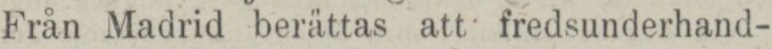
Från Madrid berättas att fredsunderhand-